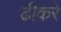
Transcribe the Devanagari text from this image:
ढीकरे